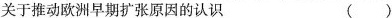
关于推动欧洲早期扩张原因的认识 （）